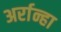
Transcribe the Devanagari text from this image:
अर्रान्हा